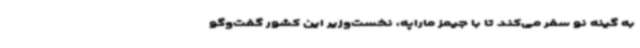
به گینه نو سفر می‌کند تا با جیمز ماراپه، نخست‌وزیر این کشور گفت‌وگو